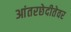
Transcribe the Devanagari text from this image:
आंतरछेदीतेवर